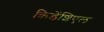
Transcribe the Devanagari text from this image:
क्रिडेंशिएल